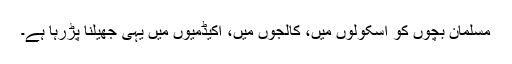
مسلمان بچوں کو اسکولوں میں، کالجوں میں، اکیڈمیوں میں یہی جھیلنا پڑرہا ہے۔